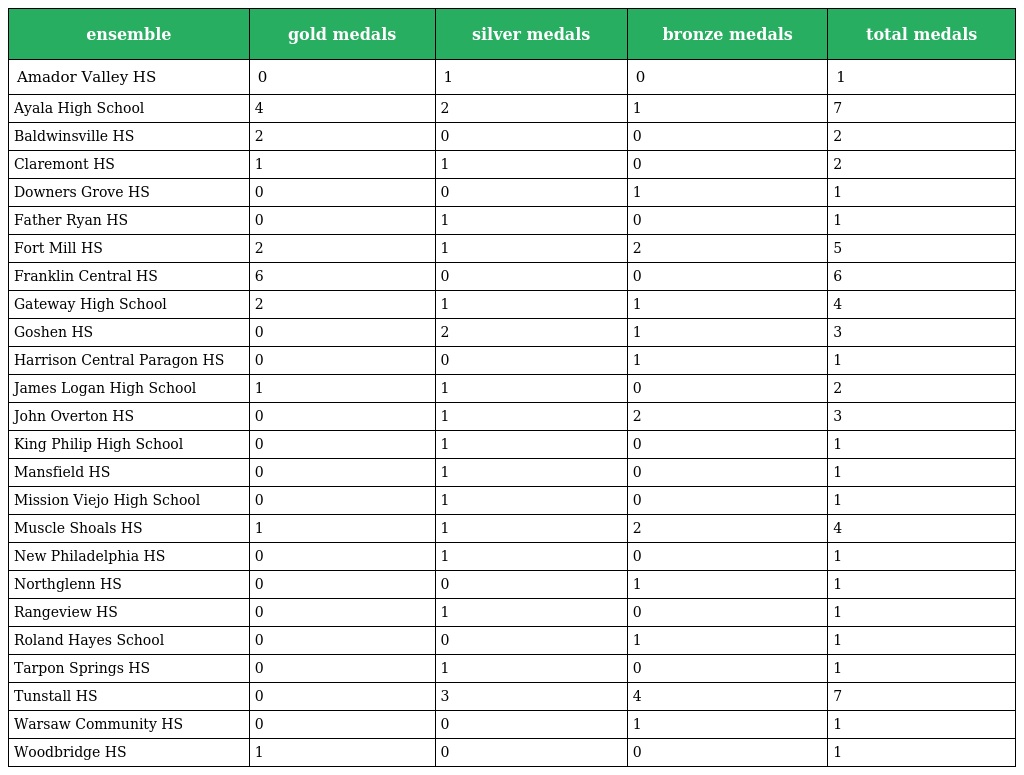
| ensemble | gold medals | silver medals | bronze medals | total medals |
 | --- | --- | --- | --- | --- |
 | Amador Valley HS | 0 | 1 | 0 | 1 |
 | Ayala High School | 4 | 2 | 1 | 7 |
 | Baldwinsville HS | 2 | 0 | 0 | 2 |
 | Claremont HS | 1 | 1 | 0 | 2 |
 | Downers Grove HS | 0 | 0 | 1 | 1 |
 | Father Ryan HS | 0 | 1 | 0 | 1 |
 | Fort Mill HS | 2 | 1 | 2 | 5 |
 | Franklin Central HS | 6 | 0 | 0 | 6 |
 | Gateway High School | 2 | 1 | 1 | 4 |
 | Goshen HS | 0 | 2 | 1 | 3 |
 | Harrison Central Paragon HS | 0 | 0 | 1 | 1 |
 | James Logan High School | 1 | 1 | 0 | 2 |
 | John Overton HS | 0 | 1 | 2 | 3 |
 | King Philip High School | 0 | 1 | 0 | 1 |
 | Mansfield HS | 0 | 1 | 0 | 1 |
 | Mission Viejo High School | 0 | 1 | 0 | 1 |
 | Muscle Shoals HS | 1 | 1 | 2 | 4 |
 | New Philadelphia HS | 0 | 1 | 0 | 1 |
 | Northglenn HS | 0 | 0 | 1 | 1 |
 | Rangeview HS | 0 | 1 | 0 | 1 |
 | Roland Hayes School | 0 | 0 | 1 | 1 |
 | Tarpon Springs HS | 0 | 1 | 0 | 1 |
 | Tunstall HS | 0 | 3 | 4 | 7 |
 | Warsaw Community HS | 0 | 0 | 1 | 1 |
 | Woodbridge HS | 1 | 0 | 0 | 1 |